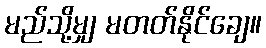
မည်သို့မျှ မတတ်နိုင်ချေ။